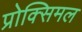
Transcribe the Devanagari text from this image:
प्रोक्सिमल